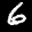
Label: 6